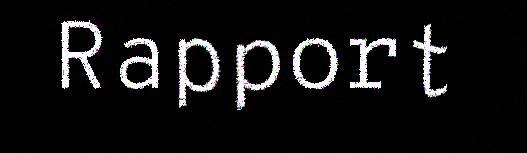
Rapport